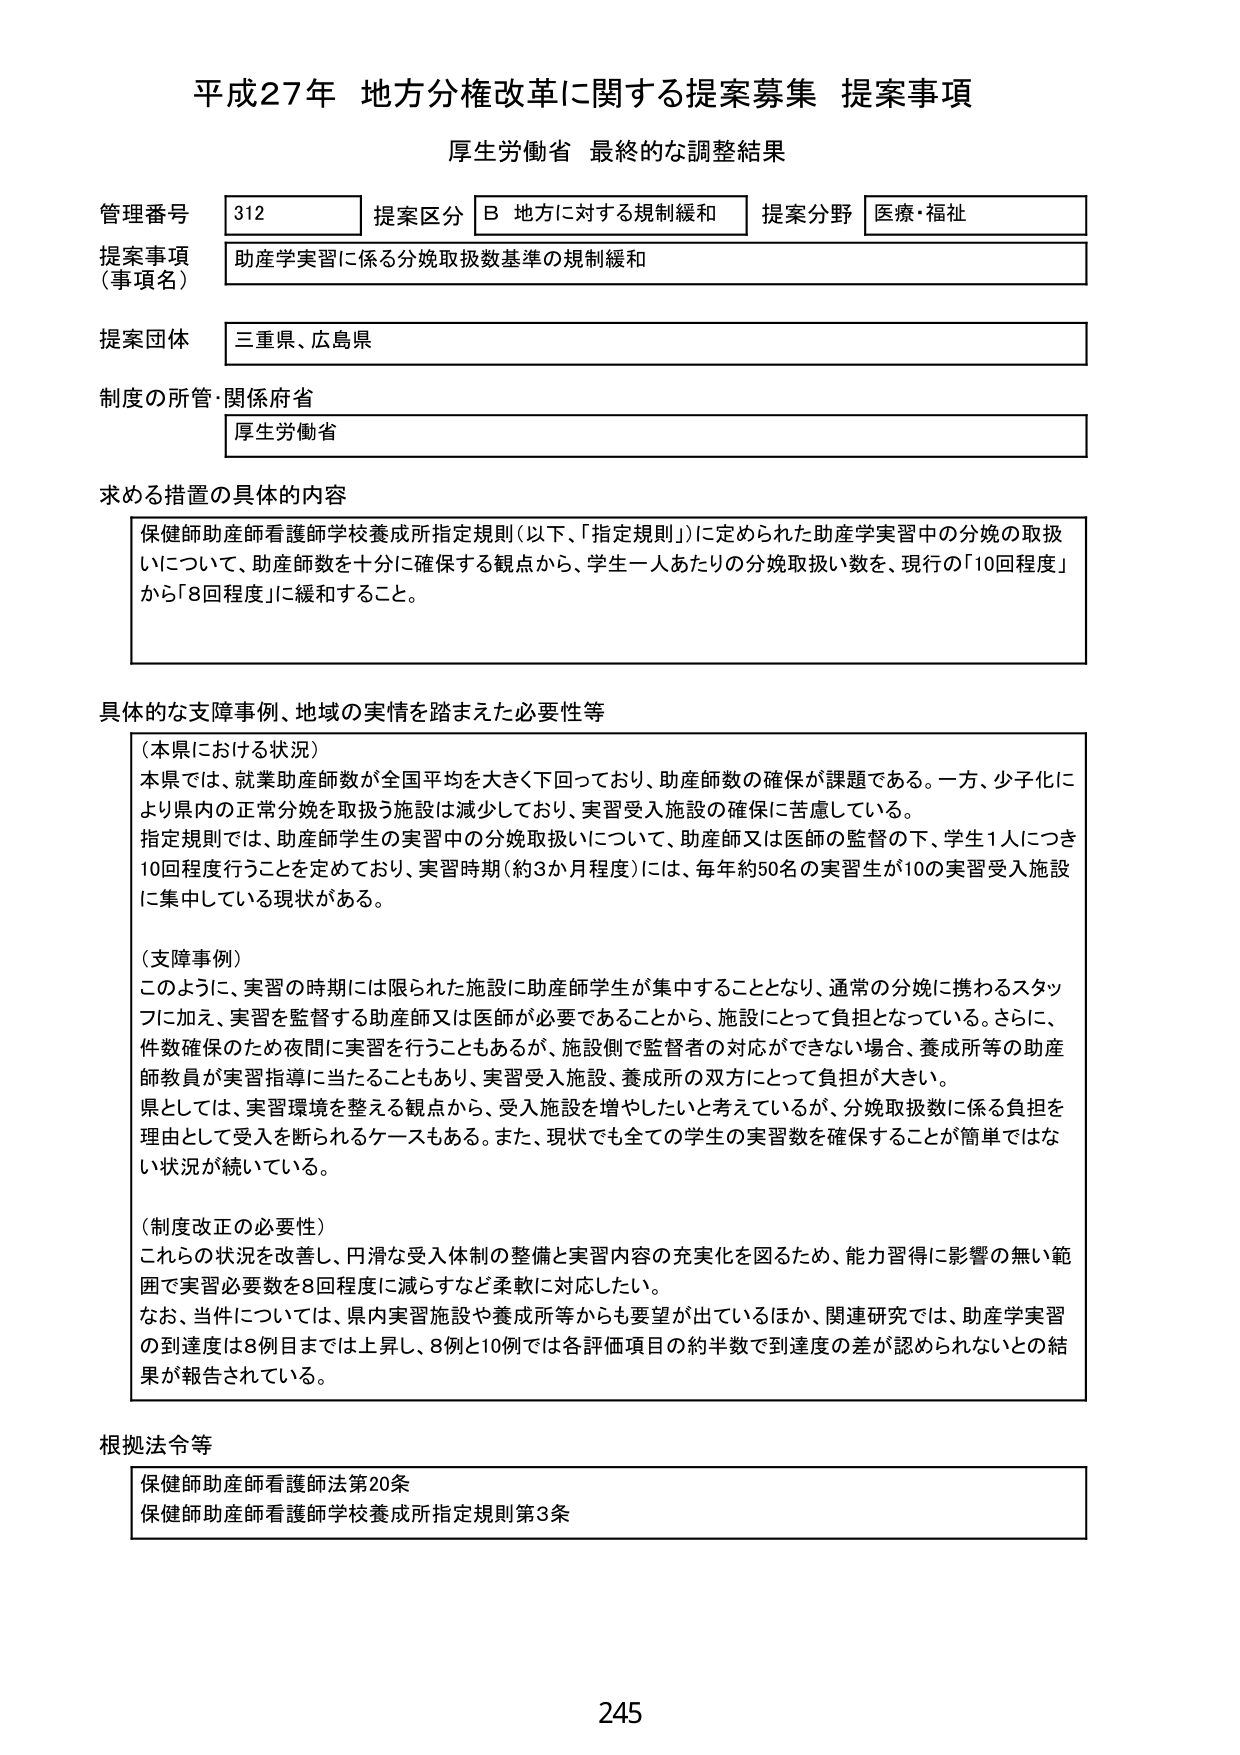
平成27年 地方分権改革に関する提案募集 提案事項
厚生労働省 最終的な調整結果

管理番号 312
提案区分 B 地方に対する規制緩和
提案分野 医療・福祉

提案事項（事項名）
助産学実習に係る分娩取扱数基準の規制緩和

提案団体
三重県、広島県

制度の所管・関係府省
厚生労働省

求める措置の具体的内容
保健師助産師看護師学校養成所指定規則（以下、「指定規則」）に定められた助産学実習中の分娩の取扱いについて、助産師数を十分に確保する観点から、学生一人あたりの分娩取扱い数を、現行の「10回程度」から「8回程度」に緩和すること。

具体的な支障事例、地域の実情を踏まえた必要性等
（本県における状況）
本県では、就業助産師数が全国平均を大きく下回っており、助産師数の確保が課題である。一方、少子化により県内の正常分娩を取扱う施設は減少しており、実習受入施設の確保に苦慮している。
指定規則では、助産師学生の実習中の分娩取扱いについて、助産師又は医師の監督の下、学生1人につき10回程度行うことを定めており、実習時期（約3か月程度）には、毎年約50名の実習生が10の実習受入施設に集中している現状がある。

（支障事例）
このように、実習の時期には限られた施設に助産師学生が集中することとなり、通常の分娩に携わるスタッフに加え、実習を監督する助産師又は医師が必要であることから、施設にとって負担となっている。さらに、件数確保のため夜間に実習を行うこともあるが、施設側で監督者の対応ができない場合、養成所等の助産師教員が実習指導に当たることもあり、実習受入施設、養成所の双方にとって負担が大きい。
県としては、実習環境を整える観点から、受入施設を増やしたいと考えているが、分娩取扱数に係る負担を理由として受入を断られるケースもある。また、現状でも全ての学生の実習数を確保することが簡単ではない状況が続いている。

（制度改正の必要性）
これらの状況を改善し、円滑な受入体制の整備と実習内容の充実化を図るため、能力習得に影響の無い範囲で実習必要数を8回程度に減らすなど柔軟に対応したい。
なお、当件については、県内実習施設や養成所等からも要望が出ているほか、関連研究では、助産学実習の到達度は8例目までは上昇し、8例と10例では各評価項目の約半数で到達度の差が認められないとの結果が報告されている。

根拠法令等
保健師助産師看護師法第20条
保健師助産師看護師学校養成所指定規則第3条

245